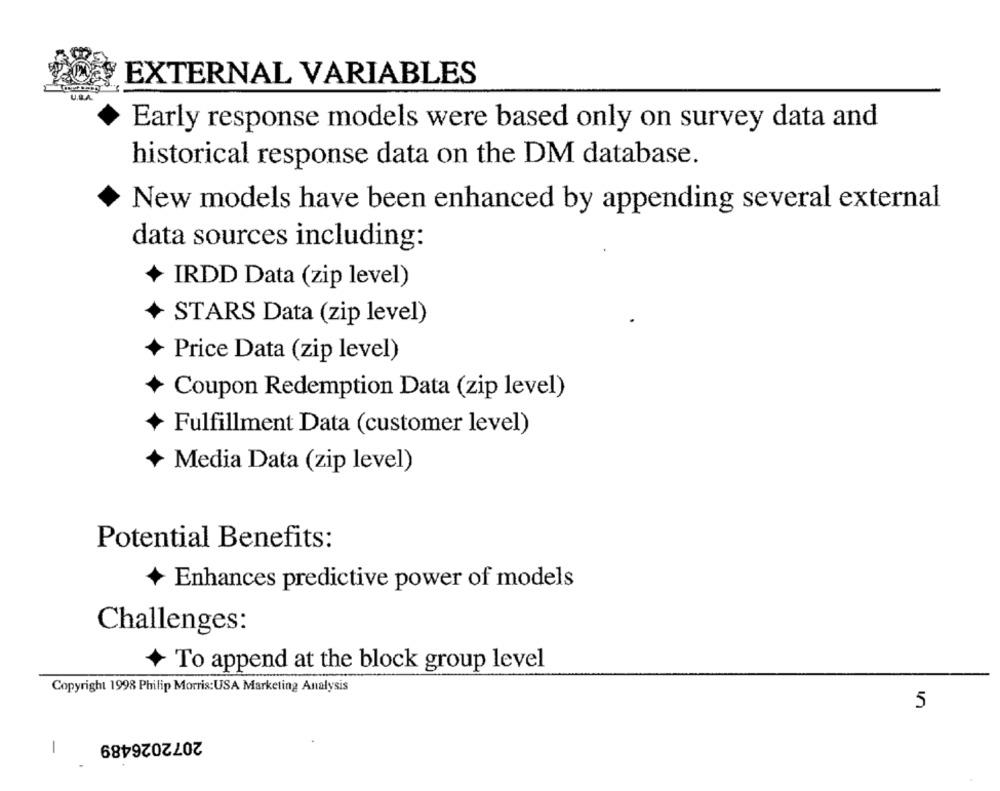
EXTERNAL VARIABLES
Early response models were based only on survey data and
historical response data on the DM database.
New models have been enhanced by appending several external
data sources including:
IRDD Data (zip level)
STARS Data (zip level)
Price Data (zip level)
Coupon Redemption Data (zip level)
Fulfillment Data (customer level)
Media Data (zip level)
Potential Benefits:
Enhances predictive power of models
Challenges:
To append at the block group level
Copyright 1998 Philip Morris:USA Marketing Analysis
5
2072026489
-